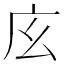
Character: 𢇝